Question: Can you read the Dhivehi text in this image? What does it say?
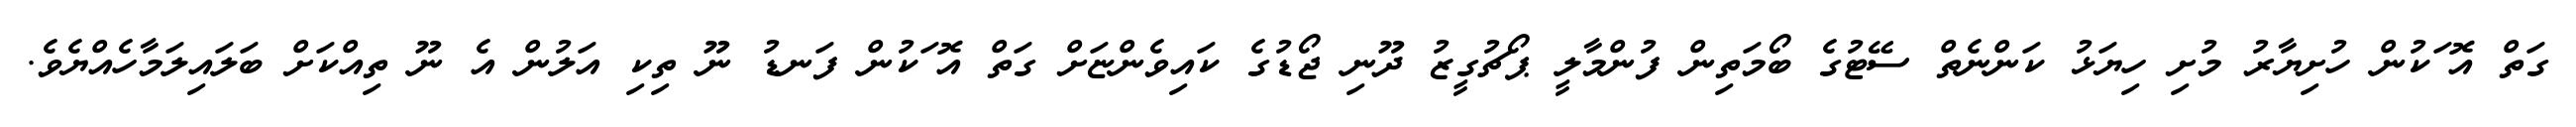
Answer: ގަތް އޮޱަކުން ހުށިޔާރު މުށި ހިޔަޅު ކަންނެތް ސޭޓުގެ ބޯމަތިން ފުންމާލީ ޕޯޗުގީޒު ދޫނި ޖޯޑުގެ ކައިވެންޏަށް ގަތް އޮޱަކުން ފަނޑު ނޫ ތިކި އަލުން އެ ނޫ ތިއްކަށް ބަލައިލަމާހެއްޔެވެ.